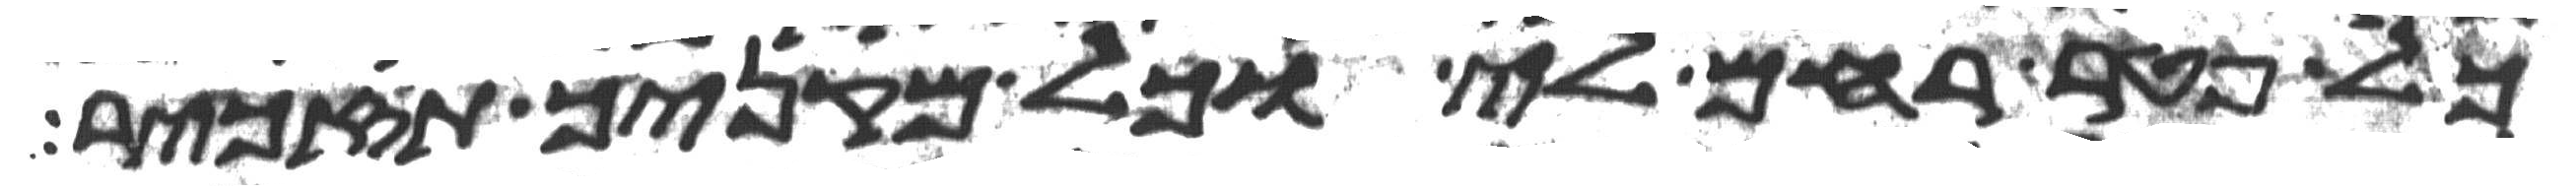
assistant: כל פטר רחם לי וכל מקניך תזכיר